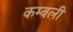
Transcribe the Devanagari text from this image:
कम्बली